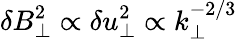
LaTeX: \delta B_{\perp}^{2}\propto\delta u_{\perp}^{2}\propto k_{\perp}^{-2/3}